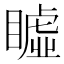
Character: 𥋖